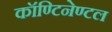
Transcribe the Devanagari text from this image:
कॉण्टिनेण्टल